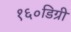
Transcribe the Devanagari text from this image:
१६०डिग्री